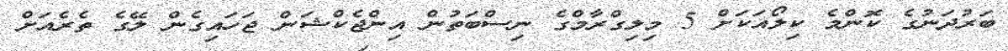
ބަރުދަނުގެ ކޮންމެ ކިލޯއަކަށް 5 މިލިގްރާމްގެ ނިސްބަތުން އިންޖެކްޝަން ޖަހައިގެން ލޭގެ ތެރެއަށް